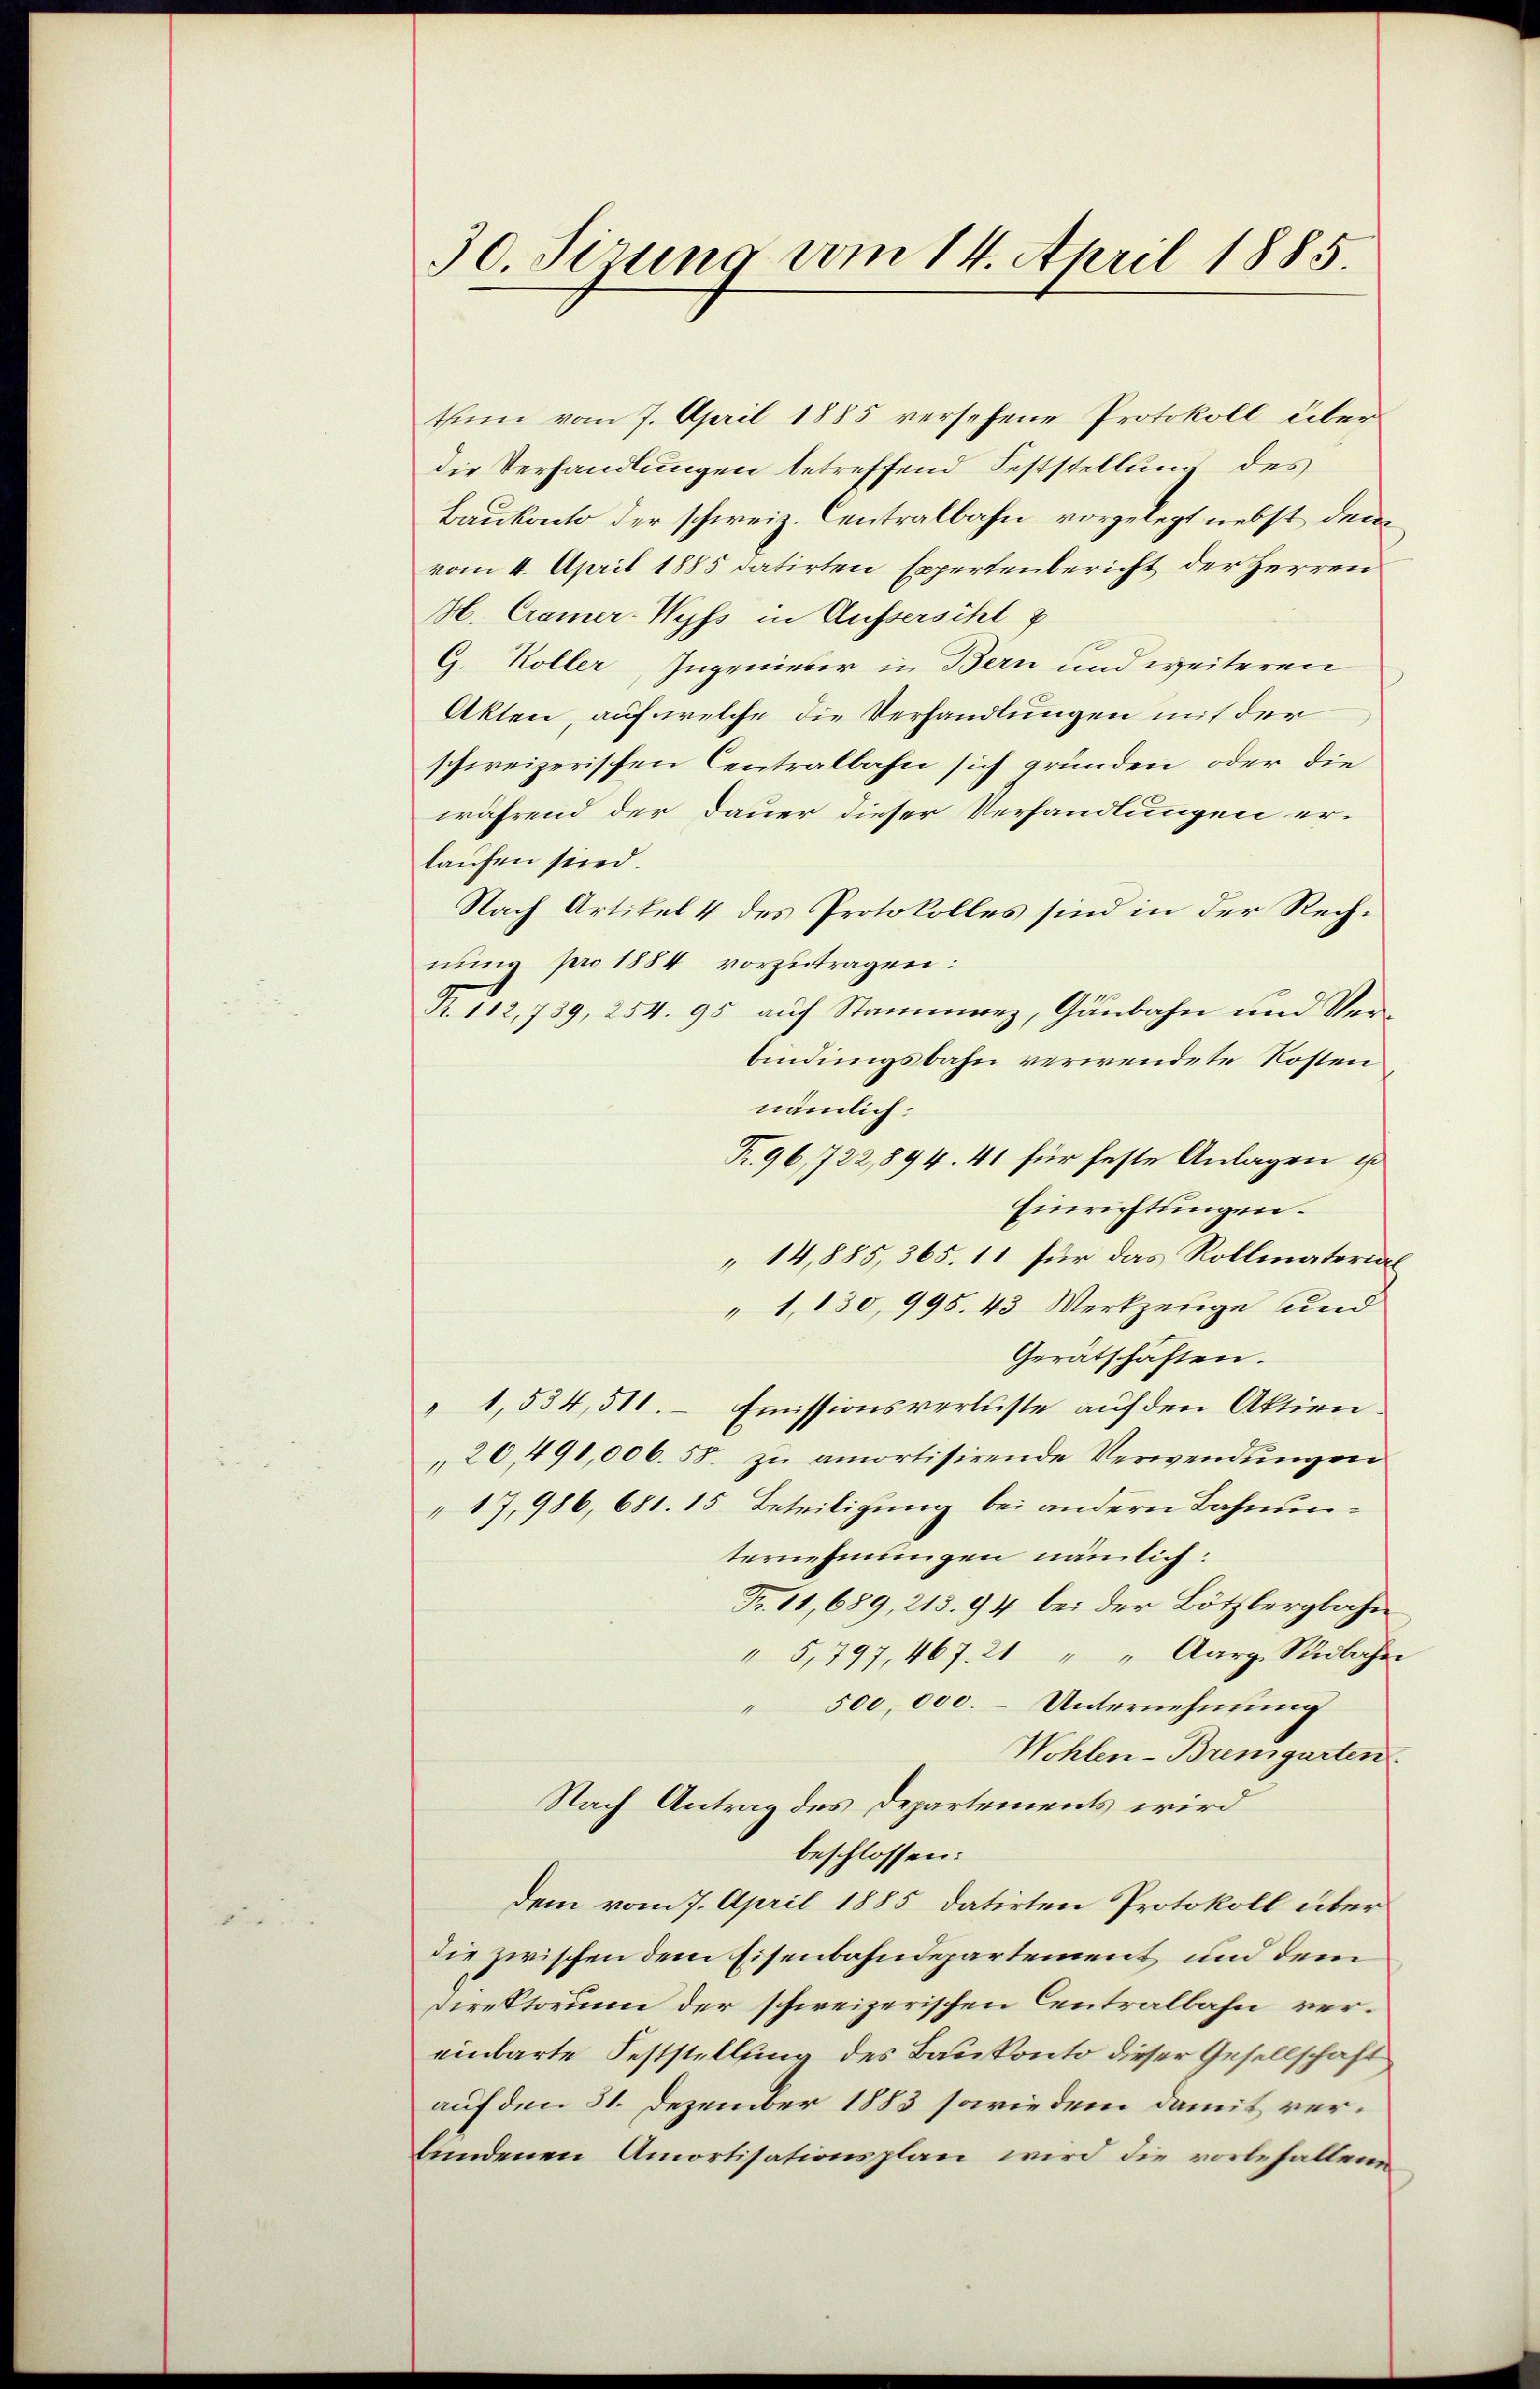
30. Sizung vom 14. April 1885.

thum vom 7. April 1885 versehene Protokoll über
die Verhandlungen betreffend Feststellung des
Baukacto der schweiz. Centralbahn vorgelegt nebst dem
vom 4. April 1885 datirten Expertenbericht der Herren
H. Cramer-Wyfs in Aussersihl &
G. Koller, Ingenieber in Bern und weiteren
Akten, auf welche die Verhandlungen mit der
schweizerischen Centralbahn sich gründen, oder die
während der Dauer dieser Verhandlungen er-
laufen sind.
Nach Artikel 4 des Protokolles sind in der Rechnŭng pro 1884 vorzutragen:
21. 112,739, 254. 95 auf Stammerz, Gaubahn und Verbindungsbahn verwendete Kosten
nämlich:
R. 96, 722,894. 41 für feste Anlagen ist
Einrichtungen.
14,885, 365. 11 für das Rollmaterial
" 1,130, 995. 43 Werkzeuge und
Gerätschaften.
"1,534,511. Emissionsverluste auf den Aktien¬
20,491,006. 55. zu amortisirende Verwendungen
"17,986, 681. 15. Beteiligung bei andern Bahnunternehmungen nämlich:
Fr. 11,689, 213. 94 bei der Bötzbergbahn
" 5,797, 467. 21 " " Aarg. Südbahn
" 500,000. - Unternehmung
Wohlen-Bremgarten.
Nach Antrag des Departements wird
beschlossen:
dem vom 7. April 1885 datirten Protokoll über
die zwischen dem Eisenbahndepartement und dem
Direktorum der schweizerischen Centralbahn vereinbarte Feststellung des Baukonto dieser Gesellschaft
auf den 31. Dezember 1883 sowie dem damit verlundenen Amortisationsplan wird die vorbehaltenen